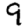
Digit: 9